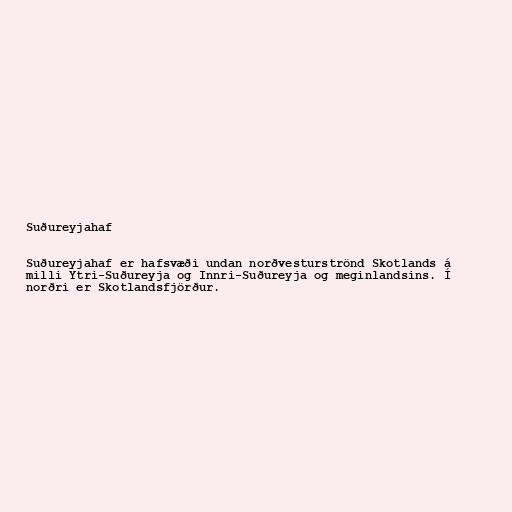
Suðureyjahaf

Suðureyjahaf er hafsvæði undan norðvesturströnd Skotlands á
milli Ytri-Suðureyja og Innri-Suðureyja og meginlandsins. Í
norðri er Skotlandsfjörður.